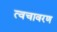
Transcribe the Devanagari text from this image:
त्वचावरण